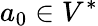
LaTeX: a_{0}\in V^{*}